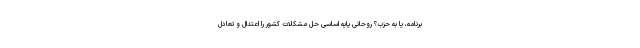
برنامه، یا به حزب؟ روحانی پایه اساسی حل مشکلات کشور را اعتدال و تعادل